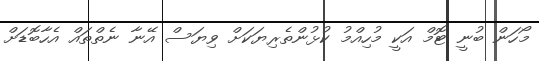
މޯހަން ބުނީ ޓޮމް އަކީ މުހިއްމު ކުޅުންތެރިޔަކަށް ވިޔަސް އޭނާ ނެތްތައް އެހާބޮޑަށް